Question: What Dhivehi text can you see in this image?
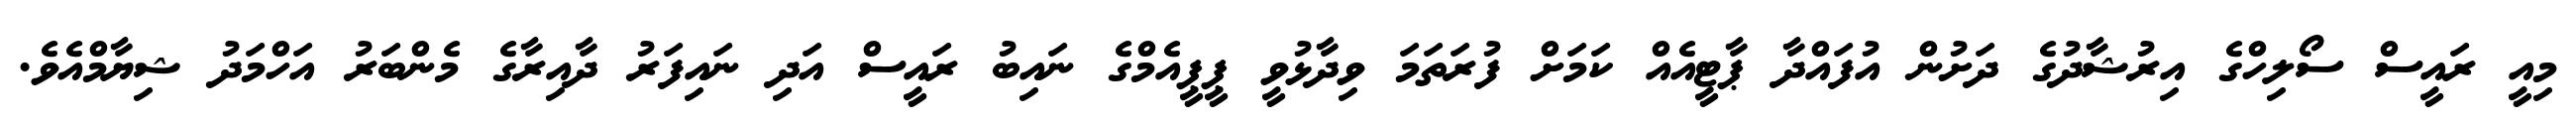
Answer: މިއީ ރައީސް ސޯލިހްގެ އިރުޝާދުގެ ދަށުން އުފައްދާ ޕާޓީއެއް ކަމަށް ފުރަތަމަ ވިދާޅުވީ ޕީޕީއެމްގެ ނައިބު ރައީސް އަދި ނައިފަރު ދާއިރާގެ މެންބަރު އަހްމަދު ޝިޔާމްއެވެ.